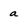
Character: a